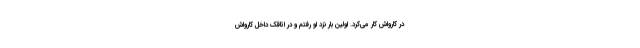
در کارواش کار می‌کرد. اولین بار نزد او رفتم و در اتاقک داخل کارواش